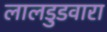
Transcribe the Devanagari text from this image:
लालडुडवारा